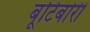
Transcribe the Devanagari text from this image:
बूटिबोरी